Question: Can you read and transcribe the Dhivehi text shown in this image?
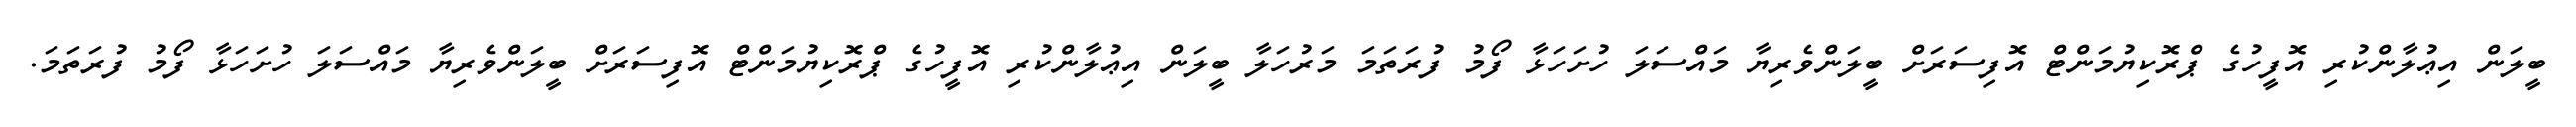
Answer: ބީލަން އިޢުލާންކުރި އޮފީހުގެ ޕްރޮކިޔުމަންޓް އޮފިސަރަށް ބީލަންވެރިޔާ މައްސަލަ ހުށަހަޅާ ފޯމު ފުރަތަމަ މަރުހަލާ ބީލަން އިޢުލާންކުރި އޮފީހުގެ ޕްރޮކިޔުމަންޓް އޮފިސަރަށް ބީލަންވެރިޔާ މައްސަލަ ހުށަހަޅާ ފޯމު ފުރަތަމަ.